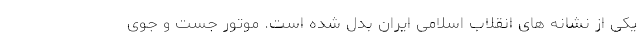
یکی از نشانه های انقلاب اسلامی ایران بدل شده است. موتور جست و جوی